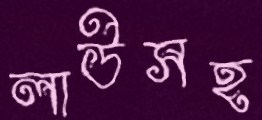
লাউসহ